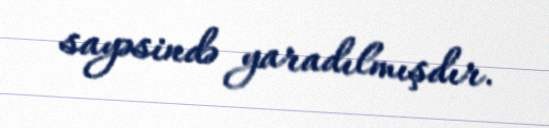
sayəsində yaradılmışdır.